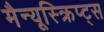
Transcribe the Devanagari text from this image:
मैन्यूस्क्रिप्ट्स